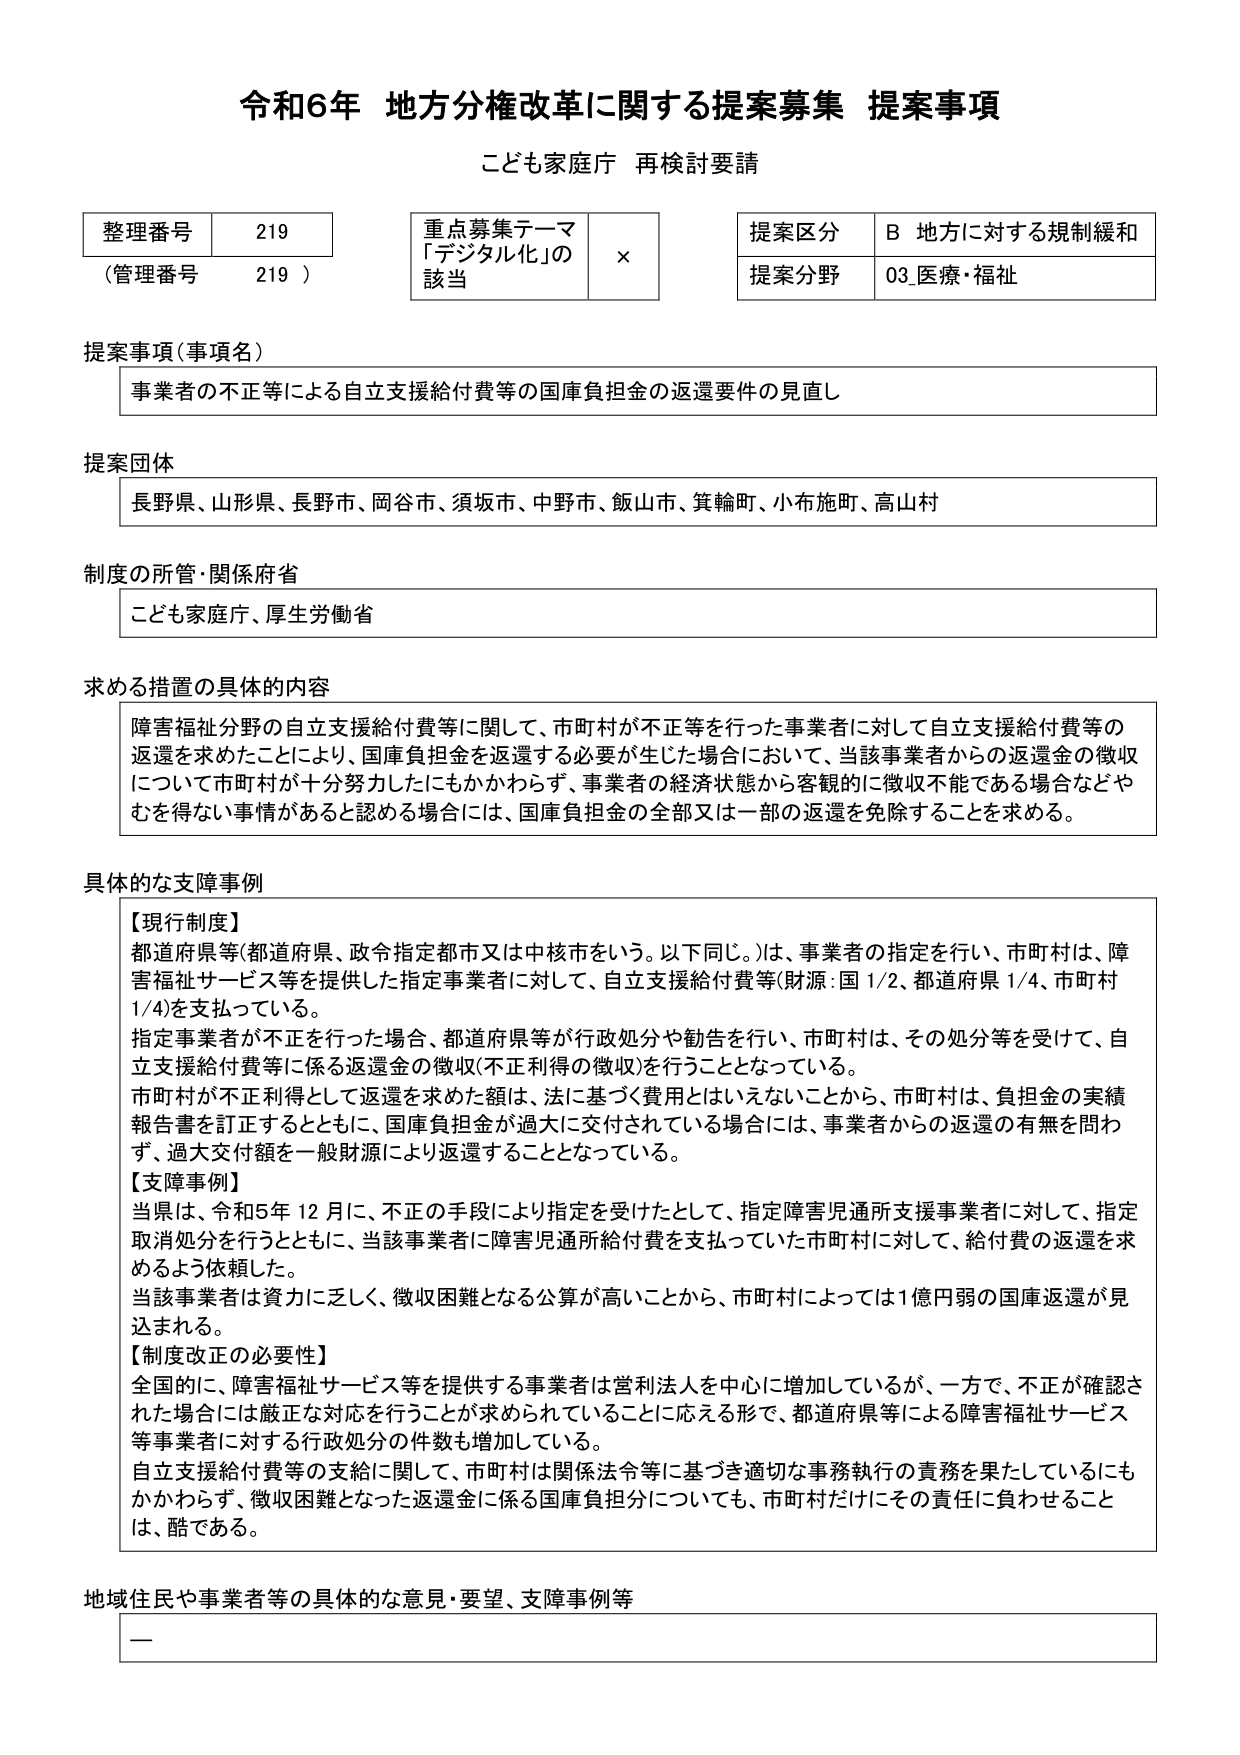
令和6年 地方分権改革に関する提案募集 提案事項
こども家庭庁 再検討要請

整理番号 219
（管理番号 219）

重点募集テーマ
「デジタル化」の
該当 ×

提案区分 B 地方に対する規制緩和
提案分野 03 医療・福祉

提案事項（事項名）
事業者の不正等による自立支援給付費等の国庫負担金の返還要件の見直し

提案団体
長野県、山形県、長野市、岡谷市、須坂市、中野市、飯山市、箕輪町、小布施町、高山村

制度の所管・関係府省
こども家庭庁、厚生労働省

求める措置の具体的内容
障害福祉分野の自立支援給付費等に関して、市町村が不正等を行った事業者に対して自立支援給付費等の返還を求めたことにより、国庫負担金を返還する必要が生じた場合において、当該事業者からの返還金の徴収について市町村が十分努力したにもかかわらず、事業者の経済状態から客観的に徴収不能である場合などやむを得ない事情があると認める場合には、国庫負担金の全部又は一部の返還を免除することを求める。

具体的な支障事例
【現行制度】
都道府県等（都道府県、政令指定都市又は中核市をいう。以下同じ。）は、事業者の指定を行い、市町村は、障害福祉サービス等を提供した指定事業者に対して、自立支援給付費等（財源：国1/2、都道府県1/4、市町村1/4）を支払っている。
指定事業者が不正を行った場合、都道府県等が行政処分や勧告を行い、市町村は、その処分等を受けて、自立支援給付費等に係る返還金の徴収（不正利得の徴収）を行うこととなっている。
市町村が不正利得として返還を求めた額は、法に基づく費用とはいえないことから、市町村は、負担金の実績報告書を訂正するとともに、国庫負担金が過大に交付されている場合には、事業者からの返還の有無を問わず、過大交付額を一般財源により返還することとなっている。

【支障事例】
当県は、令和5年12月に、不正の手段により指定を受けたとして、指定障害児通所支援事業者に対して、指定取消処分を行うとともに、当該事業者に障害児通所給付費を支払っていた市町村に対して、給付費の返還を求めるよう依頼した。
当該事業者は資力に乏しく、徴収困難となる公算が高いことから、市町村によっては1億円弱の国庫返還が見込まれる。

【制度改正の必要性】
全国的に、障害福祉サービス等を提供する事業者は営利法人を中心に増加しているが、一方で、不正が確認された場合には厳正な対応を行うことが求められていることに応える形で、都道府県等による障害福祉サービス等事業者に対する行政処分の件数も増加している。
自立支援給付費等の支給に関して、市町村は関係法令等に基づき適切な事務執行の責務を果たしているにもかかわらず、徴収困難となった返還金に係る国庫負担分についても、市町村だけにその責任に負わせることは、酷である。

地域住民や事業者等の具体的な意見・要望、支障事例等
—